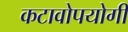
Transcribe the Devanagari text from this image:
कटावोपयोगी